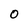
Character: O